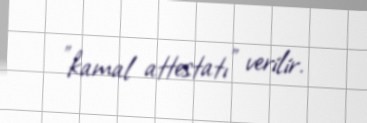
”kamal attestatı" verilir.